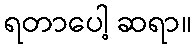
ရတာပေါ့ ဆရာ။